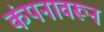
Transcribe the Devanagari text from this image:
कंपनावरून